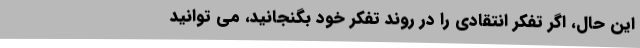
این حال، اگر تفکر انتقادی را در روند تفکر خود بگنجانید، می توانید